Sketch of the medical history of the native army of Bombay, for the year
Year: 1872
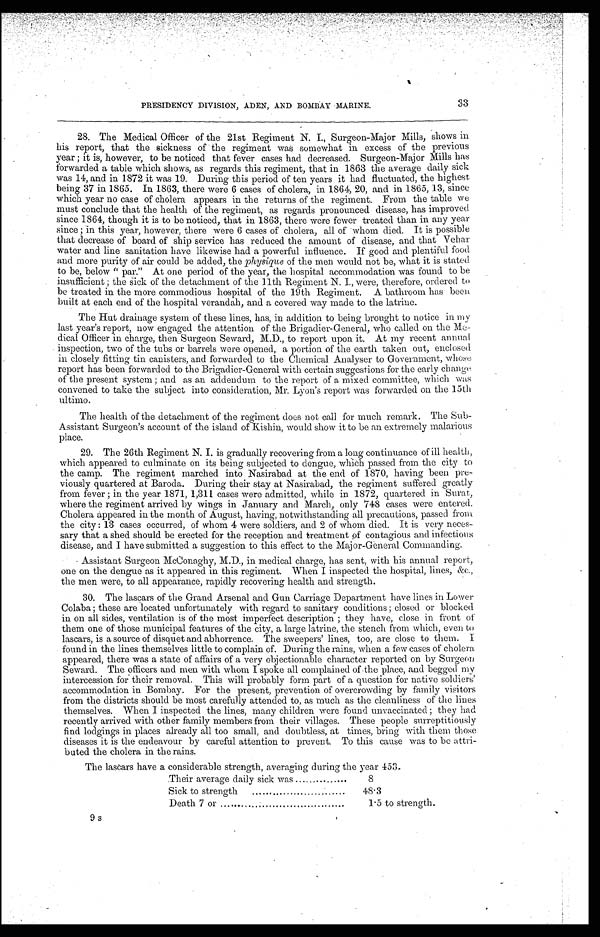
•
PRESIDENCY DIVISION, ADEN, AND BOMBAY MARINE.
3 3
28. The Medical Officer of the 21st Regiment N. I., Surgeon-Major Mills, shows in
his report, that the sickness of the regiment was somewhat in excess of the previous
year ; it is, however, to be noticed that fever cases had decreased. Surgeon-Major Mills has
forwarded a table which shows, as regards this regiment, that in 1863 the average daily sick
was 14, and in 1872 it was 19. During this period of ten years it had fluctuated, the highest
being 37 in 1865. In 1863, there were 6 cases of cholera, in 1864, 20, and in 1865, 13, since
-which year no case of cholera appears in the returns of the regiment. From the table we
must conclude that the health of the regiment, as regards pronounced disease, has improved
since 1864, though it is to be noticed, that in 1863, there were fewer treated than in any year
since ; in this year, however, there were 6 cases of cholera, all of whom died. It is possible
that decrease of board of ship service has reduced the amount of disease, and that Vella]:
water and line sanitation have likewise had a powerful influence. If good and plentiful food
and more purity of air could be added, the physique of the men would not be, what it is stated
to be, below " par." At one period of the year, the hospital accommodation was found to be
. insufficient; the sick of the detachment of the 11th Regiment N. I., were, therefore, ordered to
be treated in the more commodious hospital of the 19th Regiment. A bathroom has been.
built at each end of the hospital verandah, and a covered way made to the latrine.
The Hut drainage system of these lines, has, in addition to being brought to notice in my
last year's report, now engaged the attention of the Brigadier-General, who called on the Me
- d i c a l O f f i c e r i n c h a r g e , t h e n S u r g e o n S e w a r d , M . D . , t o r e p o r t u p o n i t . A t m y r e c e n t a n n u a l .
inspection, two of the tubs or barrels were opened, a portion of the earth taken out, enclosed
in closely fitting tin canisters, and forwarded to the Chemical Analyser to Government, whose
report has been forwarded to the Brigadier-General with certain suggestions for the early change
of the present system; and as an addendum to the report of a mixed committee, which was
convened to take the subject into consideration, Mr. Lyon's report was forwarded on the 15th
ultimo.
The health of the detachment of the regiment does not call for much remark. The Sub-
Assistant Surgeon's account of the island of Kishin, would show it to be an extremely malarious
place.
29. The 26th Regiment N. I. is gradually recovering from a long continuance of ill health,
which appeared to culminate on its being subjected to dengue, which passed from the city to
the camp. The regiment marched into Nasirabad at the end of 1870, having been pre-
viously quartered at Baroda. During their stay at Nasirabad, the regiment suffered greatly
from fever ; in the year 1871, 1,311 cases were admitted, while in 1872, quartered in Surat,
where the regiment arrived by wings in January and March, only 748 cases were entered.
Cholera appeared in the month of August, having, notwithstanding all precautions, passed from
the city: 13 cases occurred, of whom 4 were soldiers, and 2 of whom died. It is very neces
- s a r y t h a t a s h e d s h o u l d b e e r e c t e d f o r t h e r e c e p t i o n a n d t r e a t m e n t of
c o n t a g i o u s a n d i n f e c t i o u s
disease, and I have submitted a suggestion to this effect to the Major-General Commanding.
Assistant Surgeon McConaghy, M.D., in medical charge, has sent, with his annual report,
one on the dengue as it appeared in this regiment. When I inspected the hospital, lines, &c.,
the men were, to all appearance, rapidly recovering health and strength.
30. The lascars of the Grand Arsenal and Gun Carriage Department have lines in Lower
Colaba ; these are located unfortunately with regard to sanitary conditions ; closed or blocked
in on all sides, ventilation is of the most imperfect description; they have, close in front of
them one of those municipal features of the city, a large latrine, the stench from which, even to
lascars, is a source of disquet and abhorrence. The sweepers' lines, too, are close to them. I
found in the lines themselves little to complain of. During the rains, when a few cases of cholera,
appeared, there was a state of affairs of a very objectionable character reported on by Surgeon
Seward. The officers and men with whom I spoke all complained of .the place, and begged my
intercession for their removal, This will probably form part of a question for native soldiers'
accommodation in Bombay. For the present, prevention of overcrowding by family visitors
from the districts should be most carefully attended to, as much as the cleanliness of the lines
themselves. When I inspected the lines, many children were found unvaccinated; they had
recently arrived with other family members from their villages. These people surreptitiously
find lodgings in places already all too small, and doubtless, at times, bring with them those
diseases it is the endeavour by careful attention to prevent. To this cause was to be attri--
buted the cholera in the rains.
The lascars have a considerable strength, averaging during the year 453.
Their average daily sick was
8
Sick to strength
Death 7 or
1.5 to strength.
9s